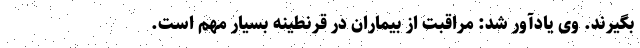
بگیرند. وی یادآور شد: مراقبت از بیماران در قرنطینه بسیار مهم است.